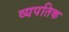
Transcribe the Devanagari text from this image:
व्यपतिक